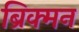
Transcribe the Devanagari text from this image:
ब्रिक्मन